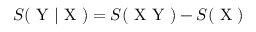
S ( \mathrm { ~ Y ~ } | \mathrm { ~ X ~ } ) = S ( \mathrm { ~ X ~ Y ~ } ) - S ( \mathrm { ~ X ~ } )